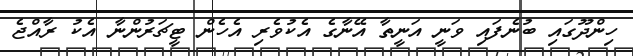
ހިންދޫގައި ބުނެފައި ވަނީ އަނީތާ އޭނާގެ އެކުވެރި އެހެން ޓީޗަރުންނާ އެކު ރާއްޖެ